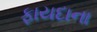
ફાયદાના